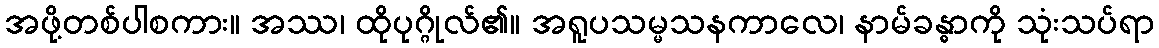
အဖို့တစ်ပါစကား။ အဿ၊ ထိုပုဂ္ဂိုလ်၏။ အရူပသမ္မသနကာလေ၊ နာမ်ခန္ဓာကို သုံးသပ်ရာ